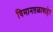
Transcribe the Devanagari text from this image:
विमानतळाबाहेर